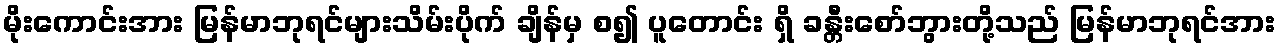
မိုးကောင်းအား မြန်မာဘုရင်များသိမ်းပိုက် ချိန်မှ စ၍ ပူတောင်း ရှိ ခန္တီးစော်ဘွားတို့သည် မြန်မာဘုရင်အား